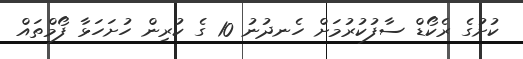
ކުށުގެ ރެކޯޑް ސާފުކުރުމަށް ހެނދުނު 10 ގެ ކުރިން ހުށަހަޅާ ފޯމްތައް